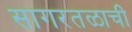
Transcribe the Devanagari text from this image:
सागरतळाची